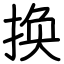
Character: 换